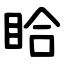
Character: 䀫